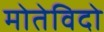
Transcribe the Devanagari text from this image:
मोतेविदो